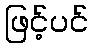
ဖြင့်ပင်